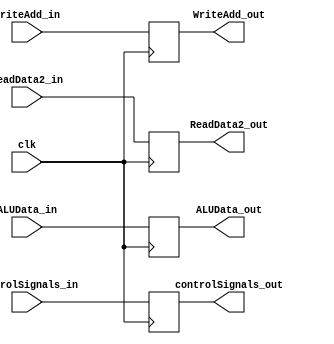
//E/M Buffer 
/*
Buffer between Fetch and Decode Stages
inputs:
  -instruction_in(32 bit):input instruction
  -clk:clock
output:
  -instruction_out(32 bit):output instruction   
*/
module EM_Buffer (controlSignals_in,ALUData_in,ReadData2_in,WriteAdd_in,clk,controlSignals_out,ALUData_out,ReadData2_out,WriteAdd_out);
  input[7:0] controlSignals_in;
  input [15:0] ALUData_in,ReadData2_in;
  input [2:0] WriteAdd_in;
  input clk;

  output reg [7:0] controlSignals_out;
  output reg [15:0] ALUData_out,ReadData2_out;
  output reg [2:0] WriteAdd_out;

  always @(posedge clk)begin
    controlSignals_out = controlSignals_in;
    ALUData_out = ALUData_in;
    ReadData2_out = ReadData2_in;
    WriteAdd_out = WriteAdd_in;
    end
endmodule